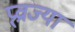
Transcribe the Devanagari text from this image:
प्र्व्राज्या